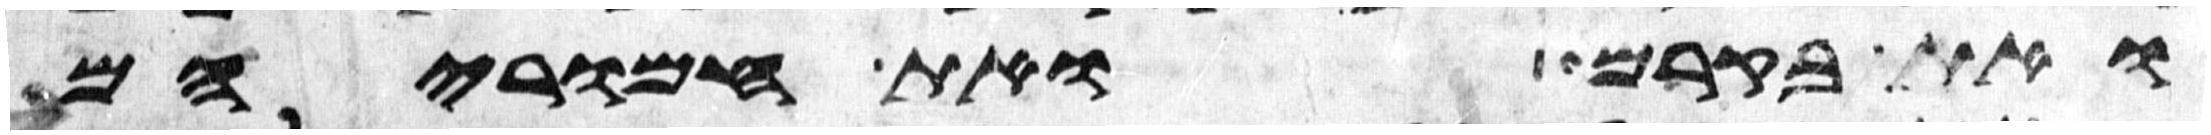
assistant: ואת בקרם ואת חמריהם